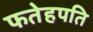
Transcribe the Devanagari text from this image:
फतेहपति